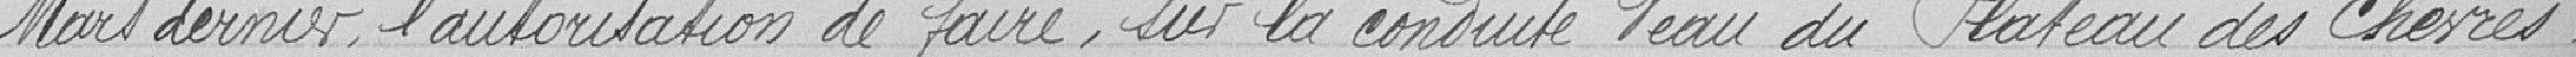
mars dernier, l'autorisation de faire, sur la conduite d'eau du plateau des chèvres,